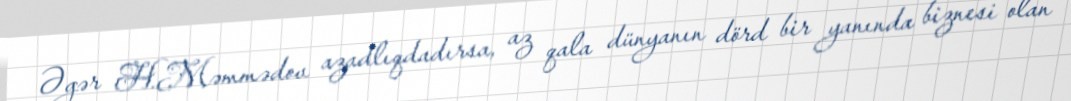
Əgər H.Məmmədov azadlıqdadırsa, az qala dünyanın dörd bir yanında biznesi olan